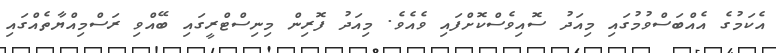
އެކަމުގެ އެއްބަސްވުމުގައި މިއަދު ސޮއިވެސްކޮށްފައި ވެއެވެ. މިއަދު ފޮރިން މިނިސްޓްރީގައި ބޭއްވި ރަސްމިއްޔާތެއްގައި